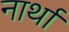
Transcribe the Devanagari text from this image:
नार्था